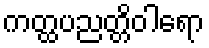
ကတ္ထပညတ္တိဝါရော